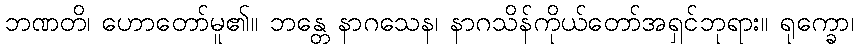
ဘဏတိ၊ ဟောတော်မူ၏။ ဘန္တေ နာဂသေန၊ နာဂသိန်ကိုယ်တော်အရှင်ဘုရား။ ရုက္ခော၊